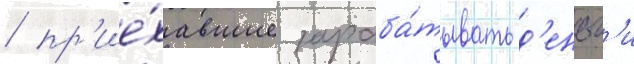
/ пр'ие́хавшие зараба́тывать д'еньг'и